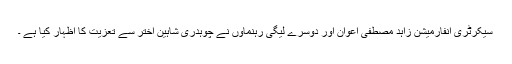
سیکرٹری انفارمیشن زاہد مصطفی اعوان اور دوسرے لیگی رہنماوں نے چوہدری شاہین اختر سے تعزیت کا اظہار کیا ہے ۔